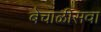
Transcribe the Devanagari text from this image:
बेचाळीसवा